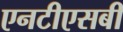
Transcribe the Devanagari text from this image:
एनटीएसबी